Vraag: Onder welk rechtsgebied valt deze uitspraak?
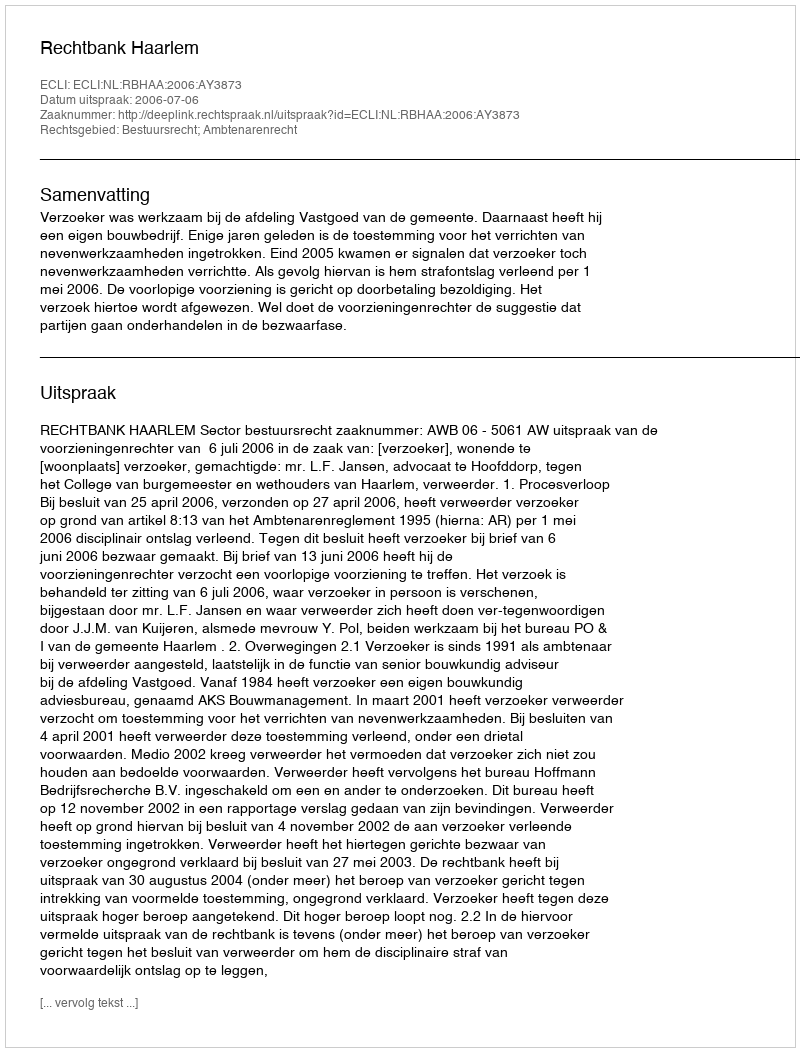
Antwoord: Bestuursrecht; Ambtenarenrecht